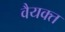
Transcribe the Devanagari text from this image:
वैयक्त